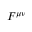
F ^ { \mu \nu }